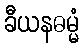
ခီယနဓမ္မံ